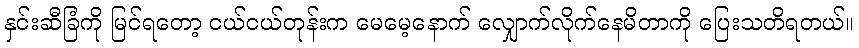
နှင်းဆီခြံကို မြင်ရတော့ ငယ်ငယ်တုန်းက မေမေ့နောက် လျှောက်လိုက်နေမိတာကို ပြေးသတိရတယ်။